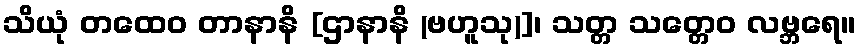
သိယုံ တထေဝ တာနာနိ [ဌာနာနိ (ဗဟူသု)]၊ သတ္တ သတ္တေဝ လဗ္ဘရေ။